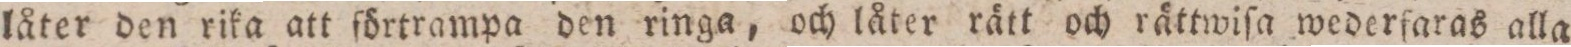
låter den rika att förtrampa den ringa, och låter rätt och rättwiſa wederfaras alla